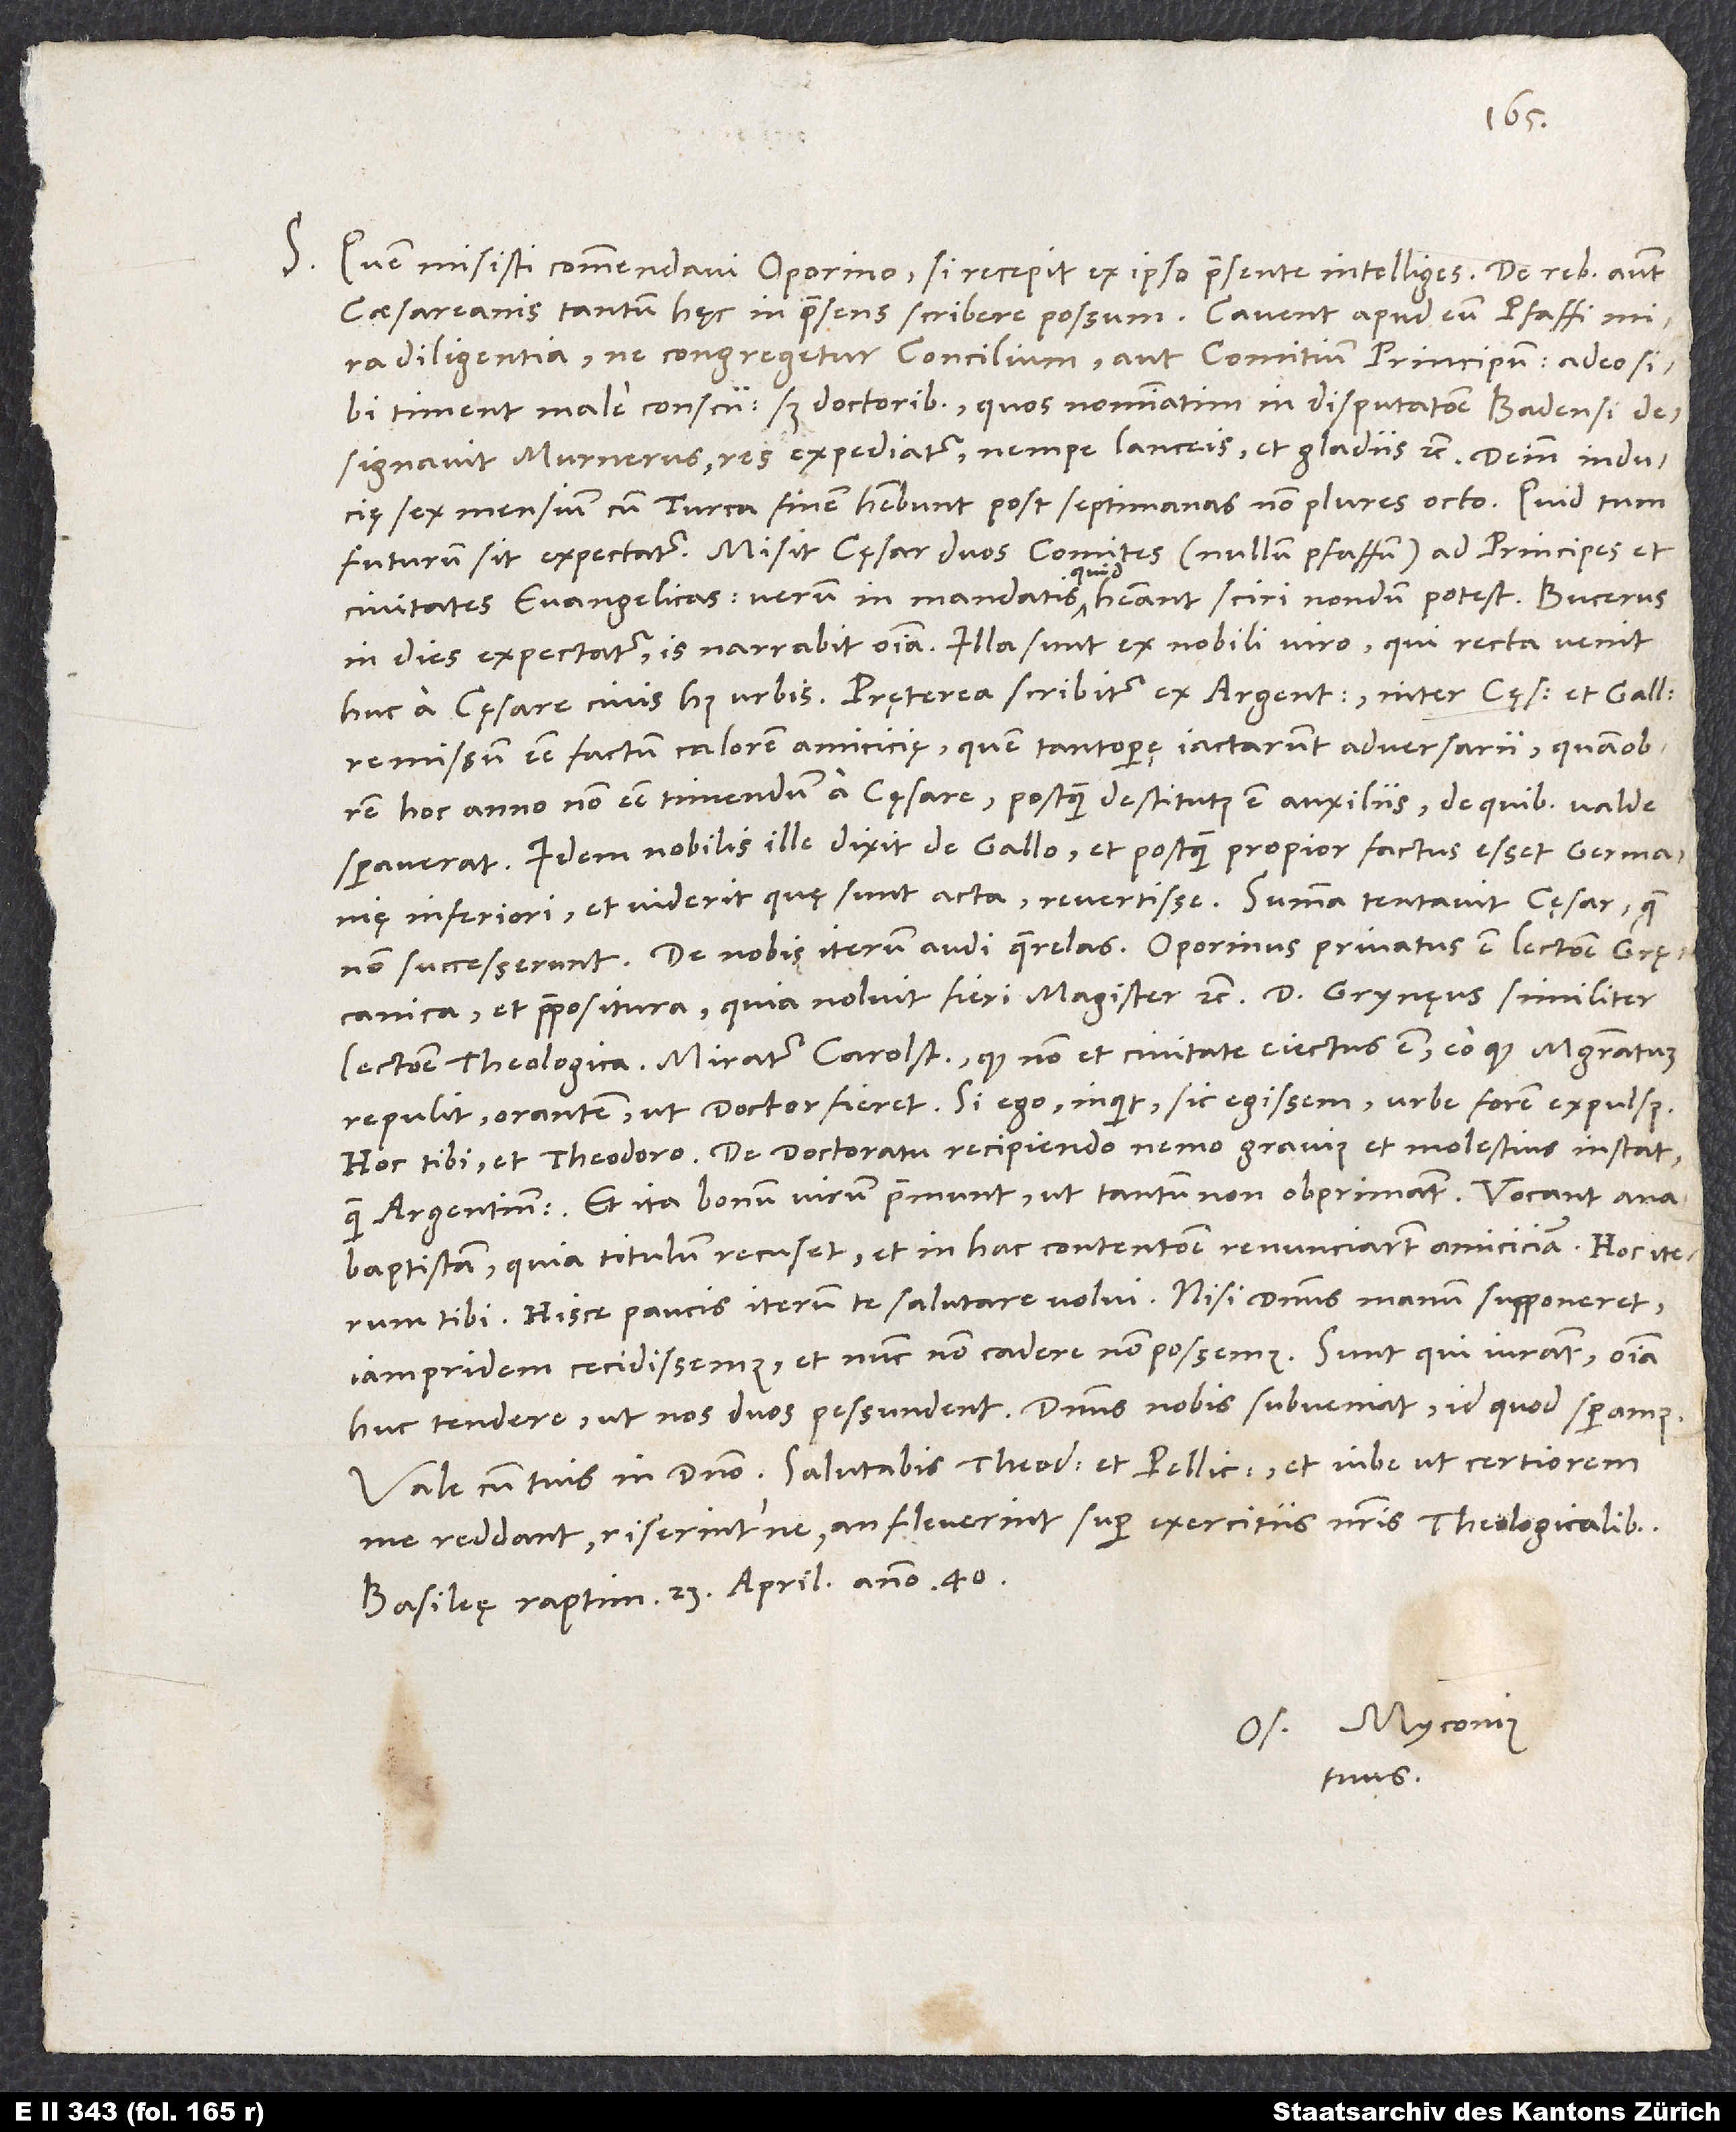
S. Quem misisti, commendavi Oporino; si recepit, ex ipso praesente intelliges.
caesareanis tantum hęc in praesens scribere possum: Cavent apud eum pfaffi mira
diligentia, ne congregetur concilium aut comitium principum, adeo sibi
timent male conscii, sed doctoribus, quos nominatim in disputatione Badensi
designavit Murnerus, res expediatur, nempe lanceis et gladiis etc. Deinde inducię
sex mensium cum Turca finem habebunt post septimanas non plures octo. Quid tum
civitates evangelicas, verum in mandatis quid habeant, sciri nondum potest. Bucerus
in dies expectatur; is narrabit omnia. Illa sunt ex nobili viro, qui recta venit
remissum esse factum calorem amicicię, quem tantopere iactarunt adversarii; quamobrem
hoc anno non esse timendum a cęsare, postquam destitutus est auxiliis, de quibus valde
speraverat. Idem nobilis ille dixit de Gallo, et postquam propior factus esset Germanię
Inferiori et viderit, quę sunt acta, revertisse. Summa tentavit cęsar, quę
De nobis iterum audi querelas: Oporinus privatus est lectione Gręcanica
et praepositura, quia noluit fieri magister etc., d. Grynęus similiter
lectione theologica. Miratur Carolstadius, quod non et civitate eiectus est, eo quod magistratum
repulit orantem, ut doctor fieret. „Si ego“, inquit, „sic egissem, urbe forem expulsus.“
Hoc tibi et Theodoro. De doctoratu recipiendo nemo gravius et molestius instat
quam Argentinenses, et ita bonum virum premunt, ut tantum non obprimant. Vocant
anabaptistam, quia titulum recuset, et in hac contentione renunciarunt amiciciam. Hoc iterum
tibi. Hisce paucis iterum te salutare volui. Nisi dominus manum supponeret,
iampridem cecidissemus et nunc non cadere non possemus. Sunt, qui iurant omnia
huc tendere, ut nos duos pessundent. Dominus nobis subveniat, id quod speramus.
Vale cum tuis in domino. Salutabis Theodorum et Pellicanum, et iube, ut certiorem
me reddant, riserintne an fleverint super exercitiis nostris theologicalibus.
Basileę, raptim, 23. aprilis anno 40.
Os. Myconius
tuus.